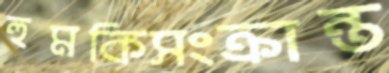
হুমকিসংক্রান্ত